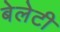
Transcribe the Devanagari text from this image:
बेलेटी